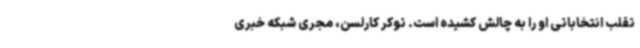
تقلب انتخاباتی او را به چالش کشیده است. توکر کارلسن، مجری شبکه خبری